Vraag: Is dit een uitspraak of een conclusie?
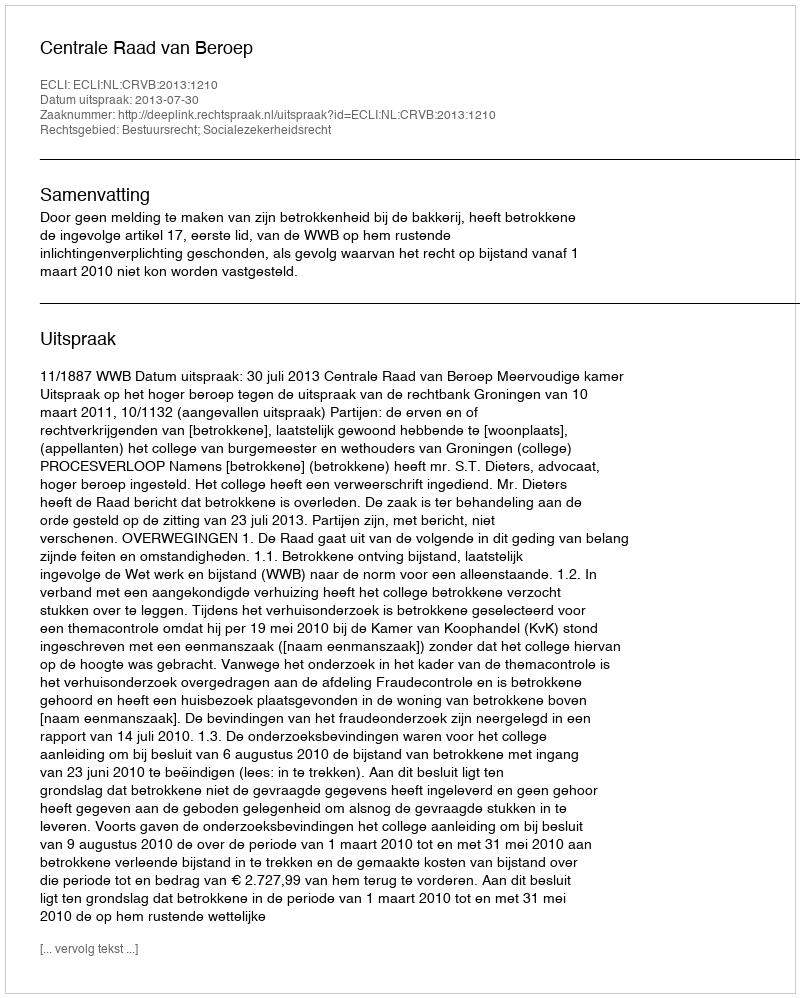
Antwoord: Uitspraak